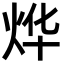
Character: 烨